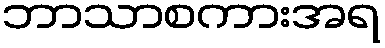
ဘာသာစကားအရ